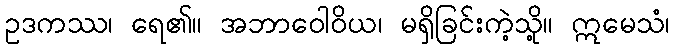
ဥဒကဿ၊ ရေ၏။ အဘာဝေါဝိယ၊ မရှိခြင်းကဲ့သို့။ ဣမေသံ၊